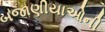
બજાણીયાઓની